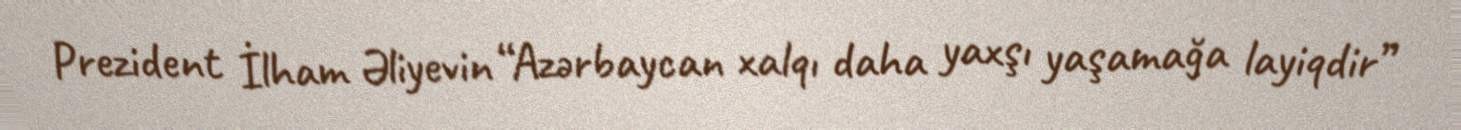
Prezident İlham Əliyevin “Azərbaycan xalqı daha yaxşı yaşamağa layiqdir”